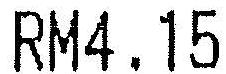
RM4.15